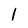
Character: l